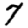
Digit: 7